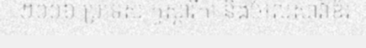
២០០៦ ប្រទេស កូស្តារីកា និងអែលសាវ៉ាឌ័រ